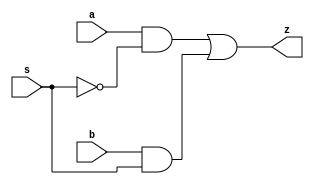
module mux2 (a, b, s, z);

input a, b;
input s;
output z;

assign z = a & ~s | b & s;

endmodule